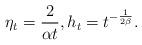
LaTeX: \begin{align*} \eta_{t} = \frac{2}{\alpha t}, h_{t} = t^{-\frac{1}{2\beta}}.\end{align*}